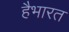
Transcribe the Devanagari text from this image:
हैभारत